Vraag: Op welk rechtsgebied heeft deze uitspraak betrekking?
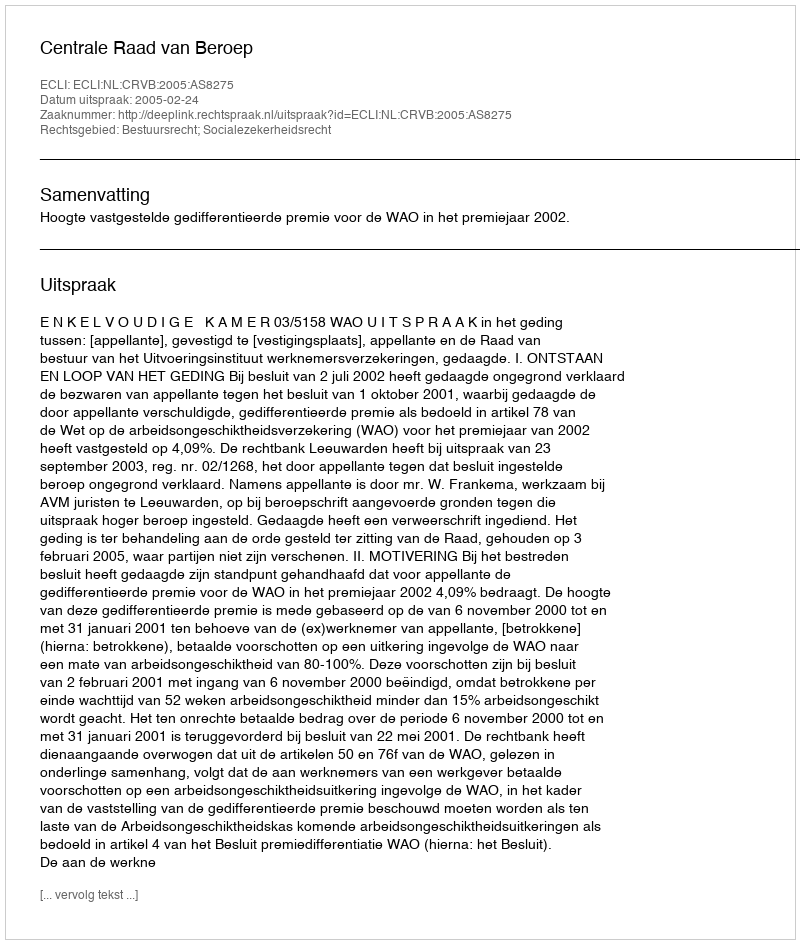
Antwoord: Bestuursrecht; Socialezekerheidsrecht